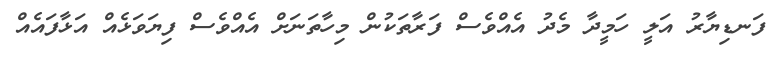
ފަނޑިޔާރު އަލީ ހަމީދާ މެދު އެއްވެސް ފަރާތަކުން މިހާތަނަށް އެއްވެސް ފިޔަވަޅެއް އަޅާފައެއް